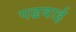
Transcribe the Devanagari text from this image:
पढवाई